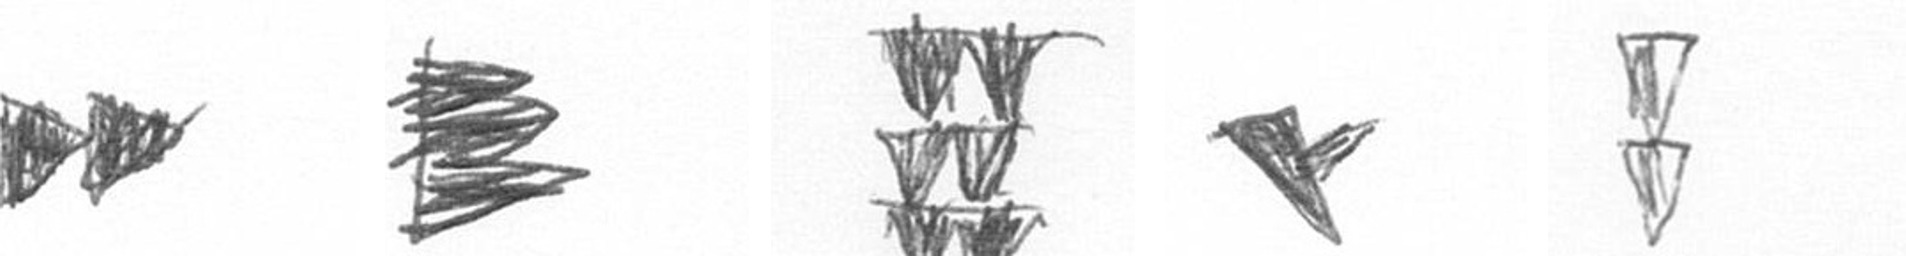
A H Y F Z